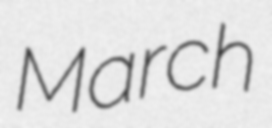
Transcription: March